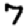
Digit: 7